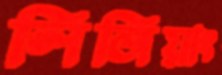
লিজিয়াং